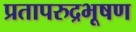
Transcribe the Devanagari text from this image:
प्रतापरुद्रभूषण